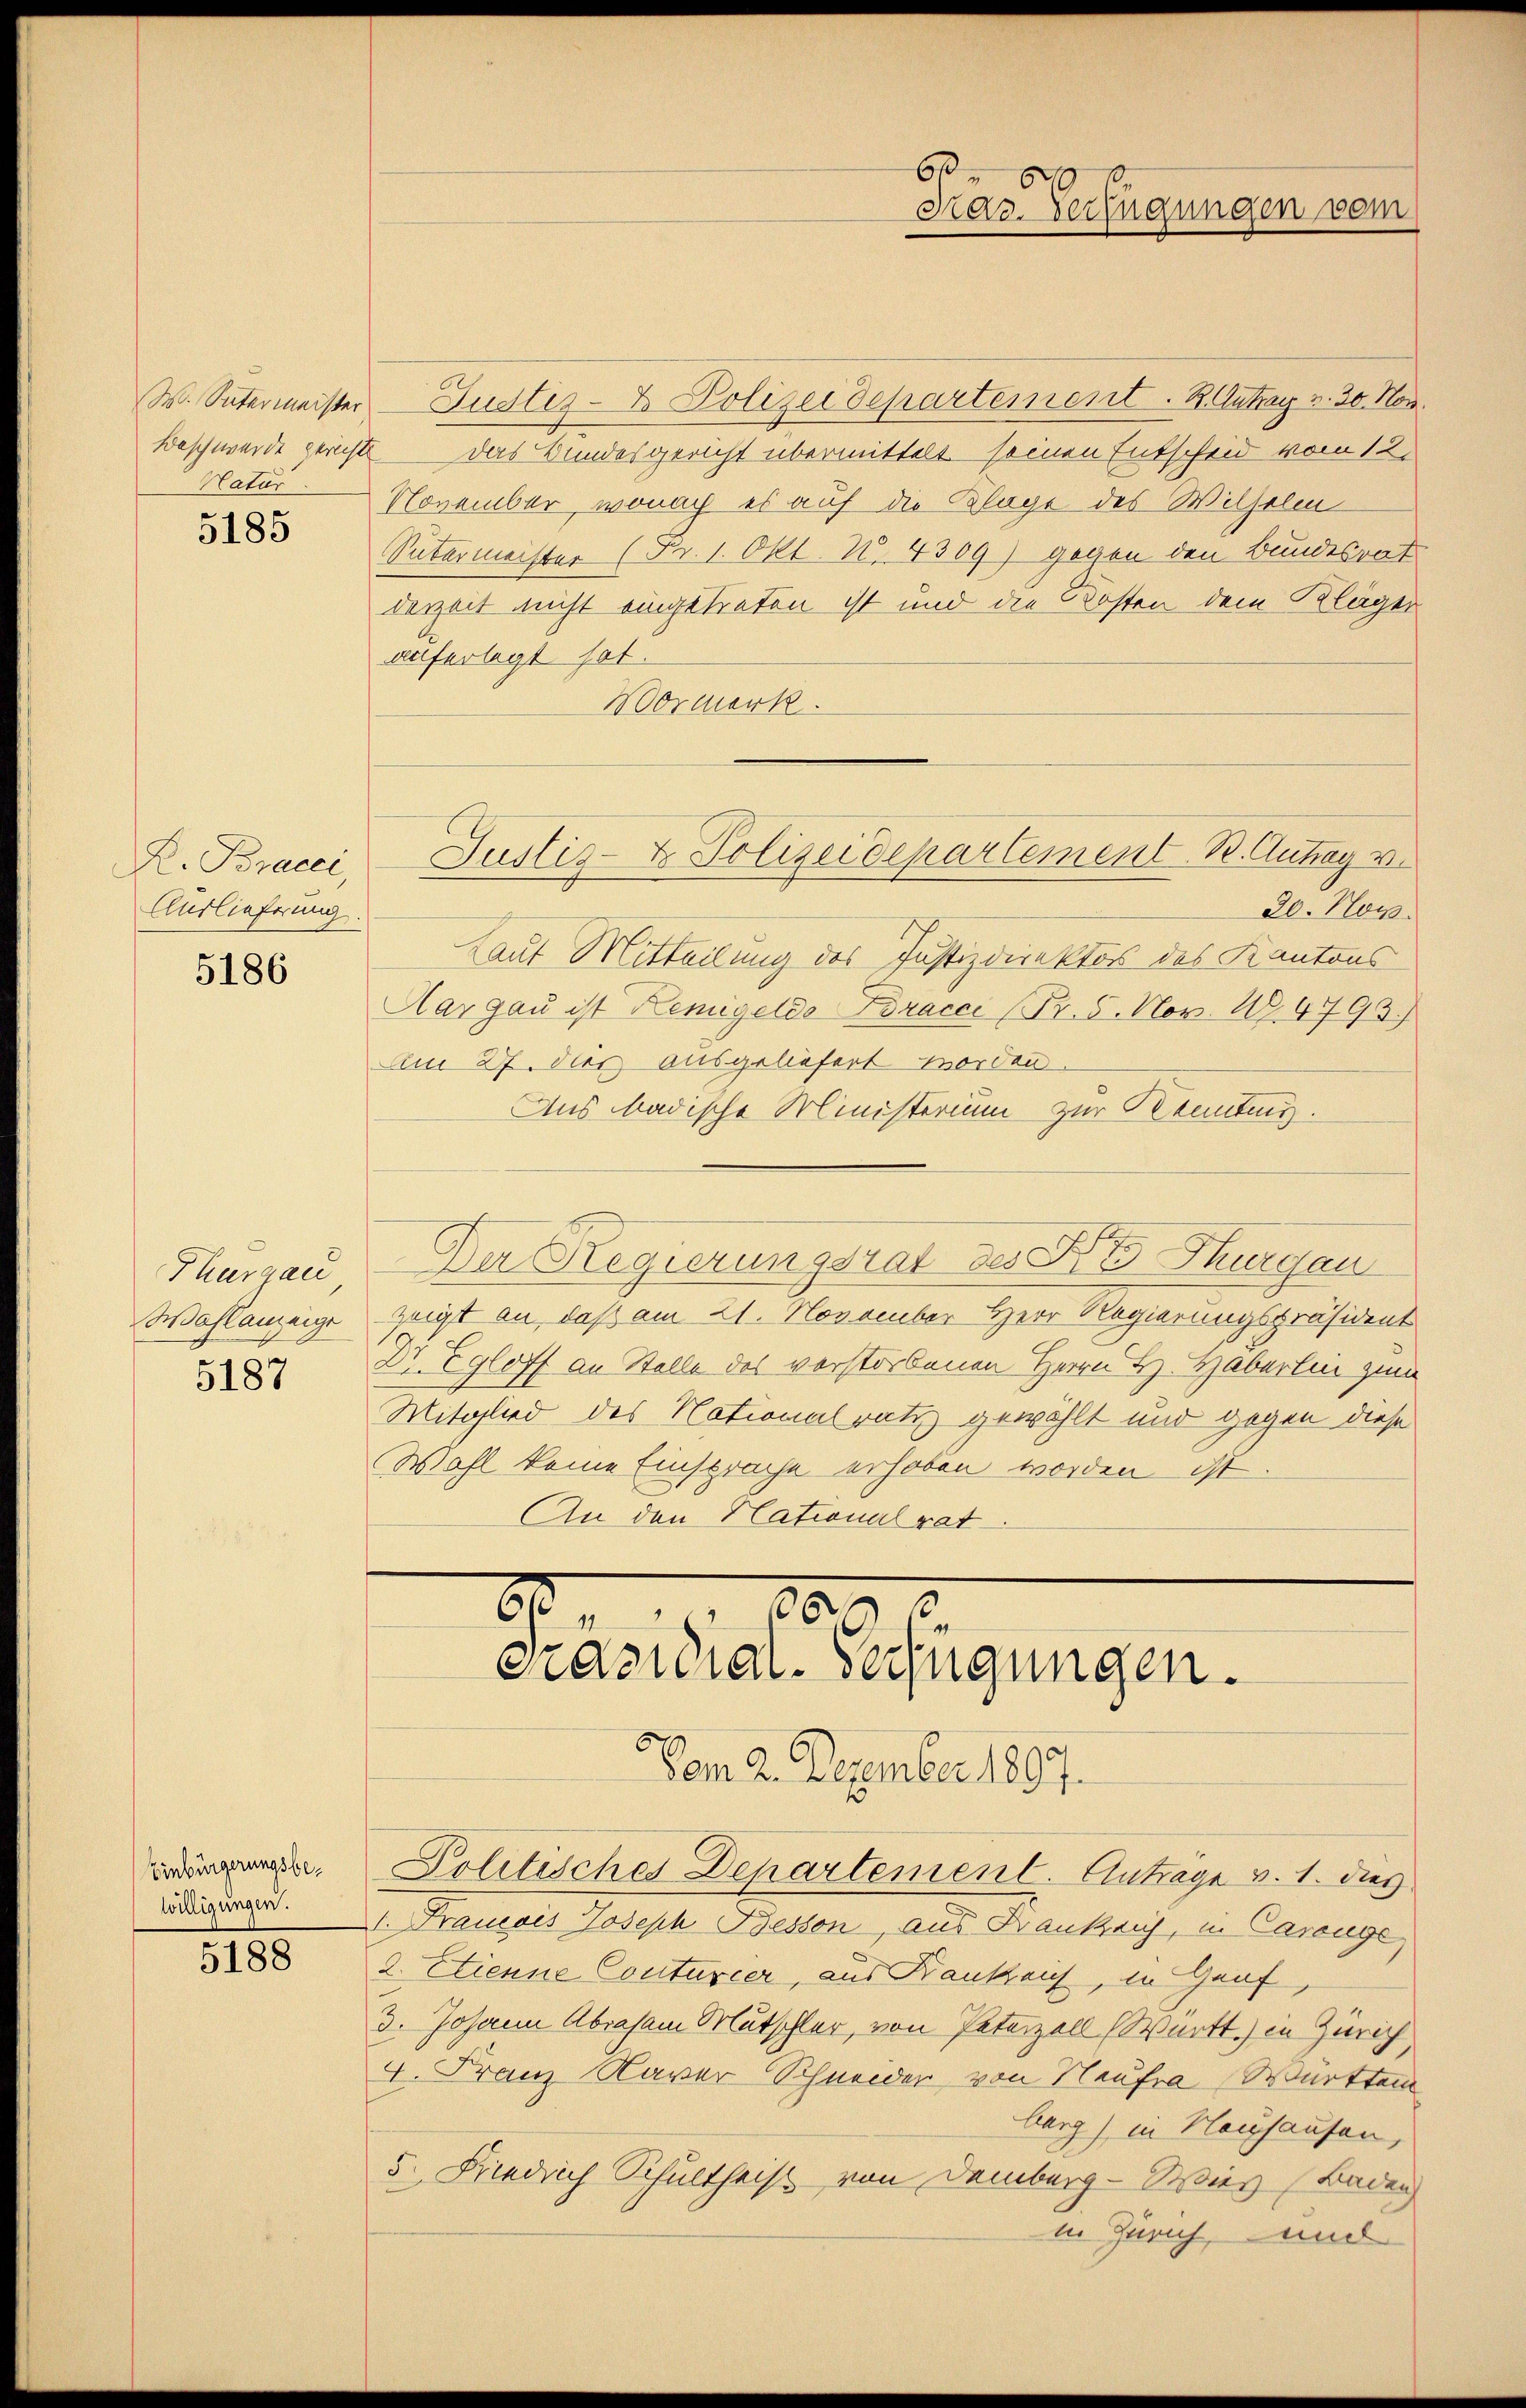
W. Sutermeister
Natur

5185

R. Bracci,
Auslieferung.

5186

Thurgau
Wahlanzeige

5187

Einbürgerungsbewilligungen.

5188

60.
Praz. Verfügungen vom

Justiz- & Polizei Departement. R. Antrag v. 30. Nov.
Beschwerde gericht das Bundesgericht übermittelt seinen Entscheid vom 12.
November, wonach es auf die Klage des Wilhelm
Sutermeister (Fr. 1. Okt. N. 4369) gegen den Bundesrat
derzeit nicht eingetreten ist und die Kosten dem Kläger
auferlegt hat.
Mormerk

Justiz- & Polizeidepartement. R. Antrag v.

20. Nov.
Laut Mitteilung des Justizdirektor des Kantons
Aargau ist Remigeldo Bracci (Fr. 5. Nov. 14793)
Am 27. dies ausgeliefert worden.
Aus badische Ministerium zur Kennting.
Der Regierungsrat des Fr. Thurgau
zeigt an, daß am 21. November Herr Regierungspräsident
Dr Egloff an Stelle des verstorbenen Herrn H. Haberlin zum
Mitglied des Nationalrati gewählt und gegen diese
Wahl keine Einsprache erhoben worden ist
An den Nationalrat

.
21,
16
eratural-Verfügungen.
Vom 2. Dezember 1897.

I. Francois Joseph Bessen, aus Frankrich, in Careuge,
2. Etienne Couturier, aus Krankreich, in Graf,
3. Johann Abraham Mutschler, von Peterzell (Württ.) in Zürich,
4. Franz Naver Schneider, von Neufra Württem
berg) in Neuhausen,
5. Friedrich Schultheist von Demberg - Wies (Baden
in Zürich, und

Politisches Departement. Anträge v. 1. dies